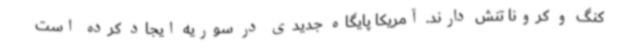
کنگ و کرونا تنش دارند. آمریکا پایگاه جدیدی در سوریه ایجاد کرده است